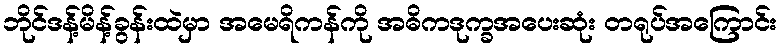
ဘိုင်ဒန့်မိန့်ခွန်းထဲမှာ အမေရိကန်ကို အဓိကဒုက္ခအပေးဆုံး တရုပ်အကြောင်း